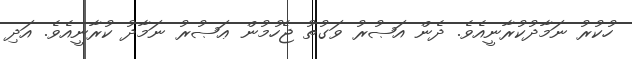
ހުކުރު ނަމާދުކުރާނީއެވެ. ދެން އަޞުރު ވަގުތު ޖެހުމުން ޢަޞުރު ނަމާދު ކުރާނީއެވެ. އަދި